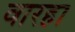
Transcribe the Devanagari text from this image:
वारहा